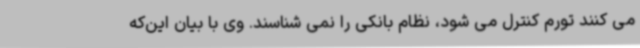
می کنند تورم کنترل می شود، نظام بانکی را نمی شناسند. وی با بیان این‌که